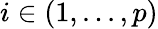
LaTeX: i\in(1,...,p)